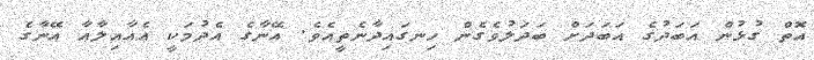
އޮތް ގުޅުން އަބަދުގެ އަބަދަށް ބަދަލުވެގެން ހިނގައިދާނެތީއެވެ. އޭނާގެ އެދުމަކީ އެއާއިލާއާ އޭނާގެ